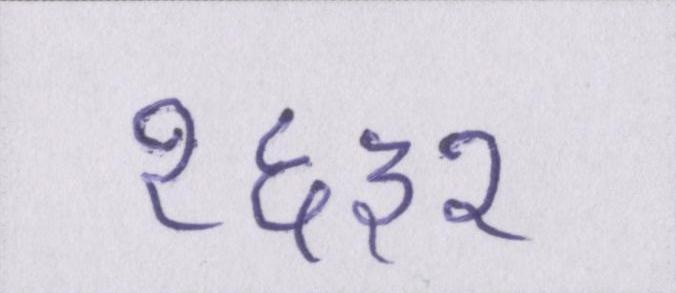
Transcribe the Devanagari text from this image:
१६३२